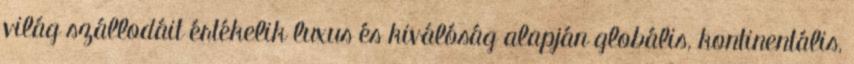
világ szállodáit értékelik luxus és kiválóság alapján globális, kontinentális,